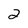
Character: 2